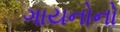
ગાયનોનો